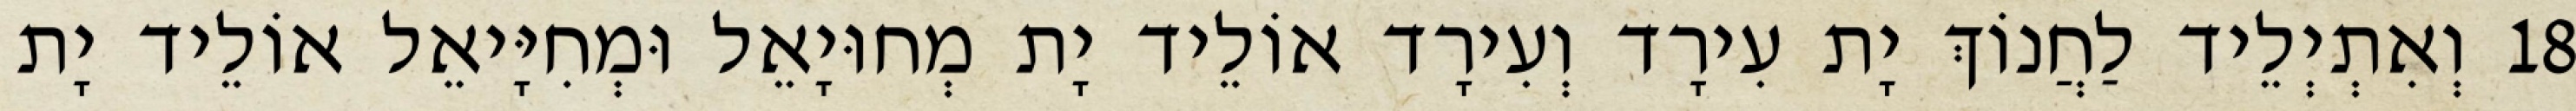
18 וְאִתְיְלֵיד לַחֲנוֹךְ יָת עִירָד וְעִירָד אוֹלֵיד יָת מְחוּיָאֵל וּמְחִיָּיאֵל אוֹלֵיד יָת